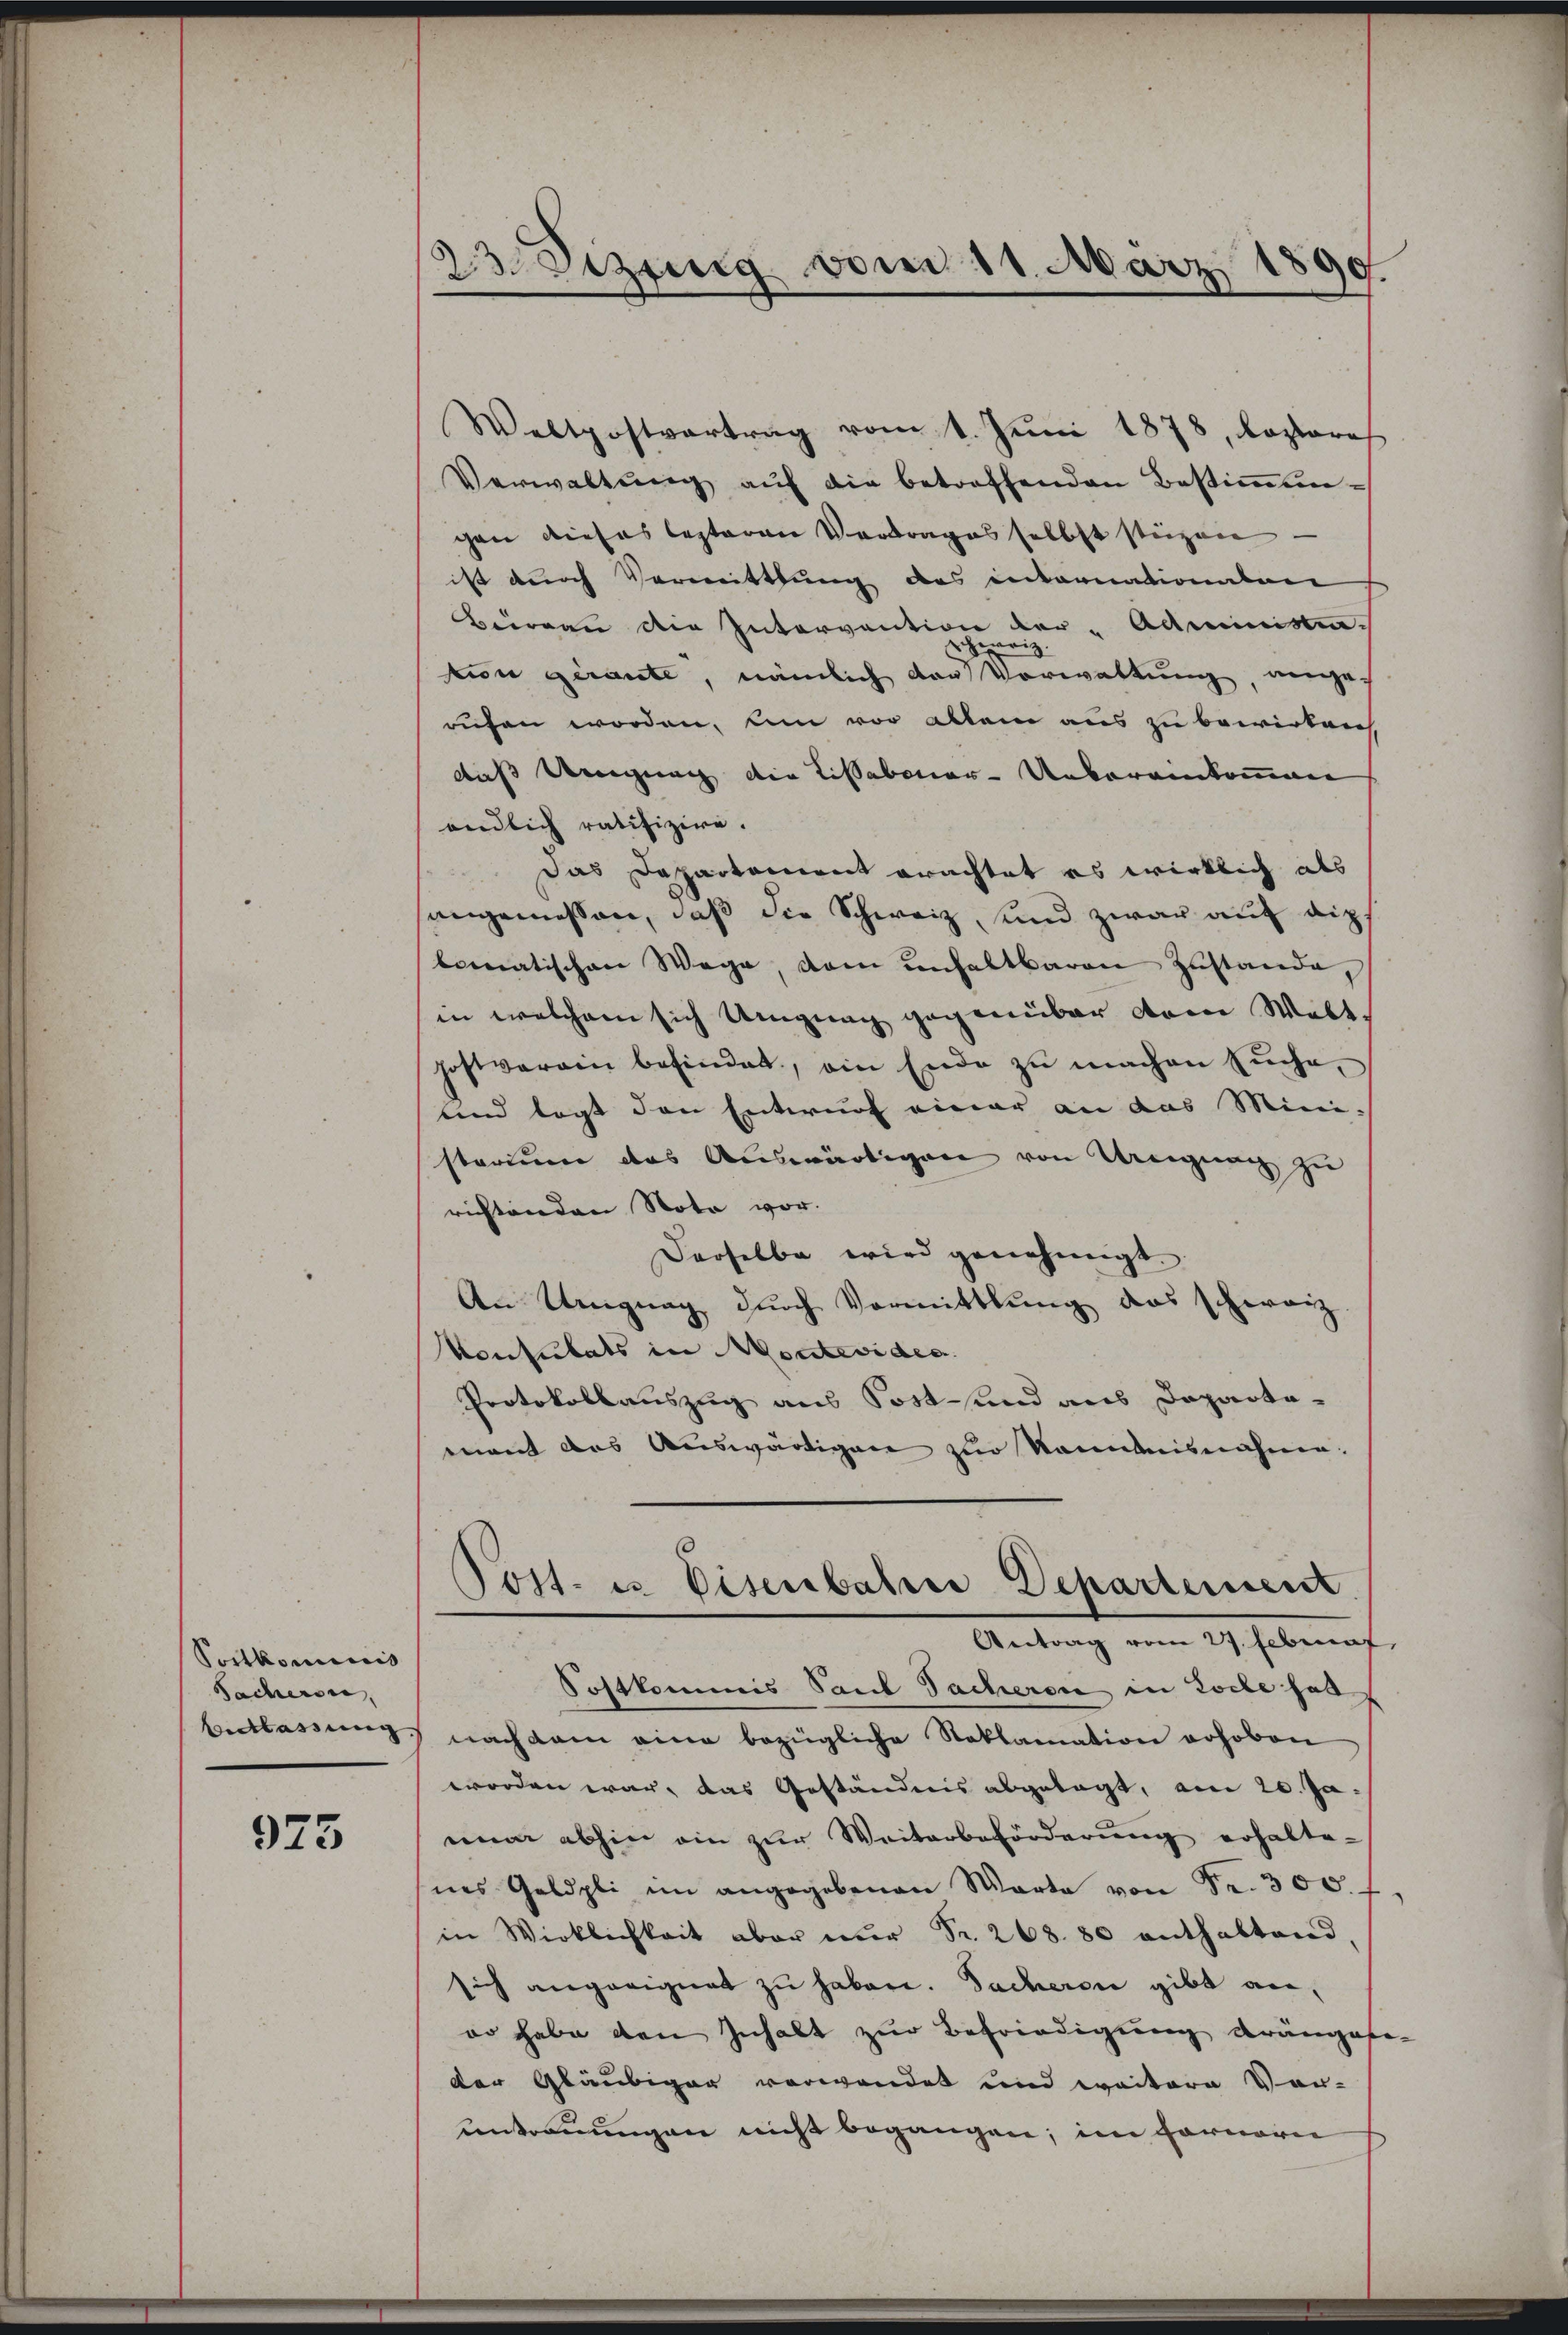
Sortkommis
Sacheren,

973

23. Sezung vom 11. März 1890.

Weltpostvertrag vom 1. Juni 1878, lezteres
Verwaltŭng aŭf die betreffenden Bestiṁten-
gen dieses lezteren Vertrages selbst stüzen
ist durch Vermittlung des internationalen
Büreau die Intervantion der Administraheweis
vion gerante, nämlich der Vorwaltung, ange-
rufen worden, um vor allem aus zu bewirken
daß wenigung die Lissabonar-Uebereinkommung
endlich ratifizire.
das Departement erachtet es wirklich als
angemessen, daß die Schweiz, und zwar auf dipl
bematischen Wege, dam unhaltbaren Zustande,
in welchem sich Ungung gegenüber dann Welt.
hoftverain befindet, ein Ende zŭ machen sŭche,
und legt den Entwurf einer an das Mini-
storium das Auswärtigen von Uneigung zu
richtenden Nota vor.
Derselbe wird genehmigt.
An Ungung durch Vormittlung das schwarz
Konsulats in Monteviden.
Protokollauszug aus Sost- und aus Departa-
mant das Auswärtigen zur kanntnisnahme.
Post. u. Eisenbahrer Departement.
Antrag vom 27. Februaf,
Sostkommis Sand Sacherei in Loche hat
belassung nach dem eine bezügliche Reklamation erhoben
worden war, das Geständnis abgelegt, am 20. Ja
nun abhin ein zur Weiterbeförderung erhalte-
nes Geldpli im angegebenen Warte von Fr. 300. f
in Wirklichkeit aber nur Fr. 268. 80 enthaltend,
sich angeeignet zu haben. Sacheren gibt aneo habe den Inhalt zur Befriedigung dränger
der Gläubiger verwendet und weitere Vor-
entrauungen nicht begangen; im Farnern